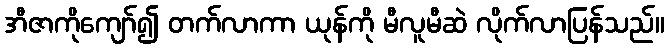
အီဇာကိုကျော်၍ တက်လာကာ ယုန်ကို မီလူမီဆဲ လိုက်လာပြန်သည်။